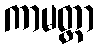
ကာမတ္ထာ